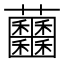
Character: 𧆕